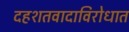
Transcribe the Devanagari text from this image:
दहशतवादाविरोधात